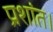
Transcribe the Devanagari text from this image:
प्रशांत।